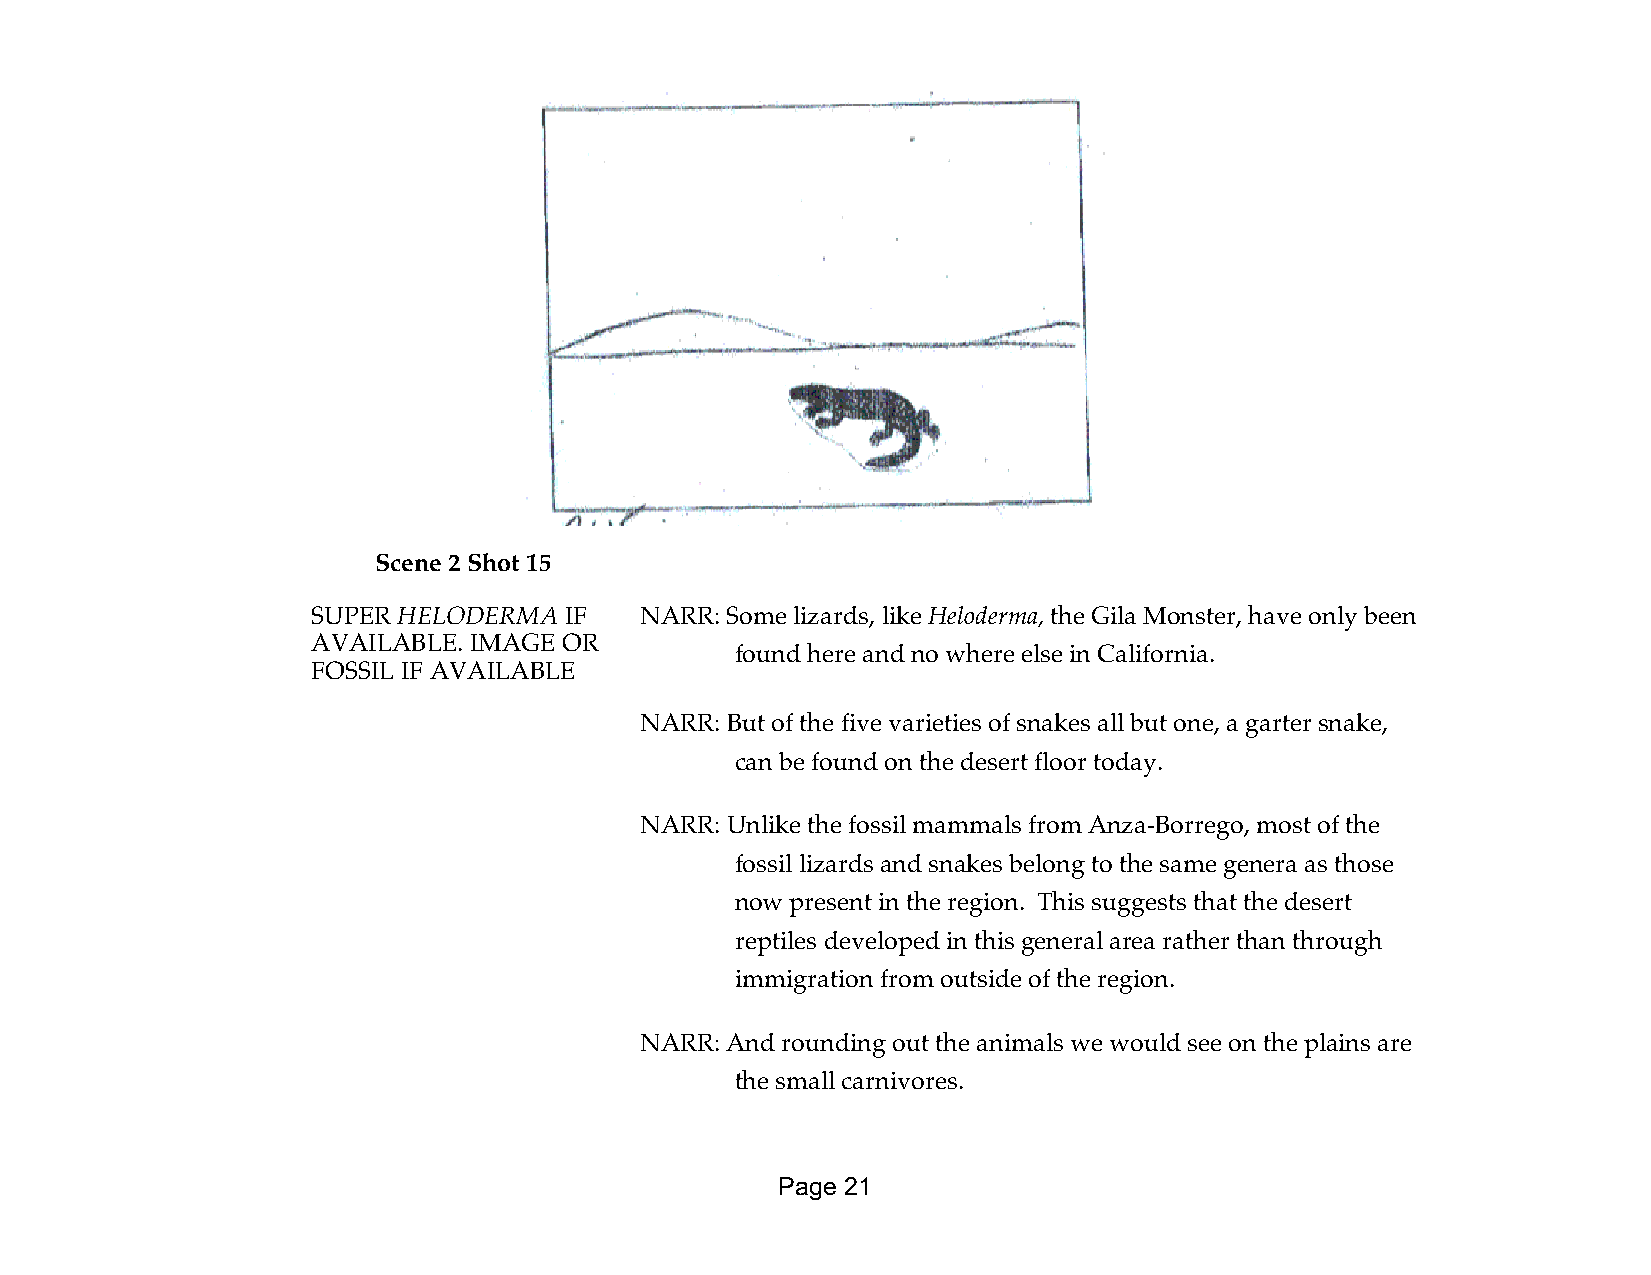
Scene 2 Shot 15
 SUPER HELODERMA IF   NARR: Some lizards, like Heloderma, the Gila Monster, have only been
 AVAILABLE. IMAGE OR
 found here and no where else in California.
 FOSSIL IF AVAILABLE
 NARR: But of the five varieties of snakes all but one, a garter snake,
 can be found on the desert floor today.
 NARR: Unlike the fossil mammals from Anza-Borrego, most of the
 fossil lizards and snakes belong to the same genera as those
 now present in the region. This suggests that the desert
 reptiles developed in this general area rather than through
 immigration from outside of the region.
 NARR: And rounding out the animals we would see on the plains are
 the small carnivores.
 Page 21